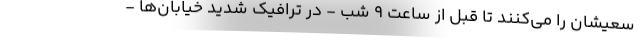
سعیشان را می‌کنند تا قبل از ساعت 9 شب - در ترافیک شدید خیابان‌ها -